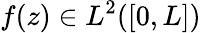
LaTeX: f(z)\in L^{2}([0,L])